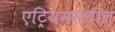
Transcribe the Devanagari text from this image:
एट्रियममधील